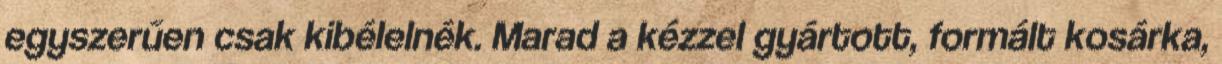
egyszerűen csak kibélelnék. Marad a kézzel gyártott, formált kosárka,